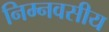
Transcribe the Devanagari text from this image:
निम्नवसीय